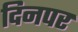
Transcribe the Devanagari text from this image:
दिनपर